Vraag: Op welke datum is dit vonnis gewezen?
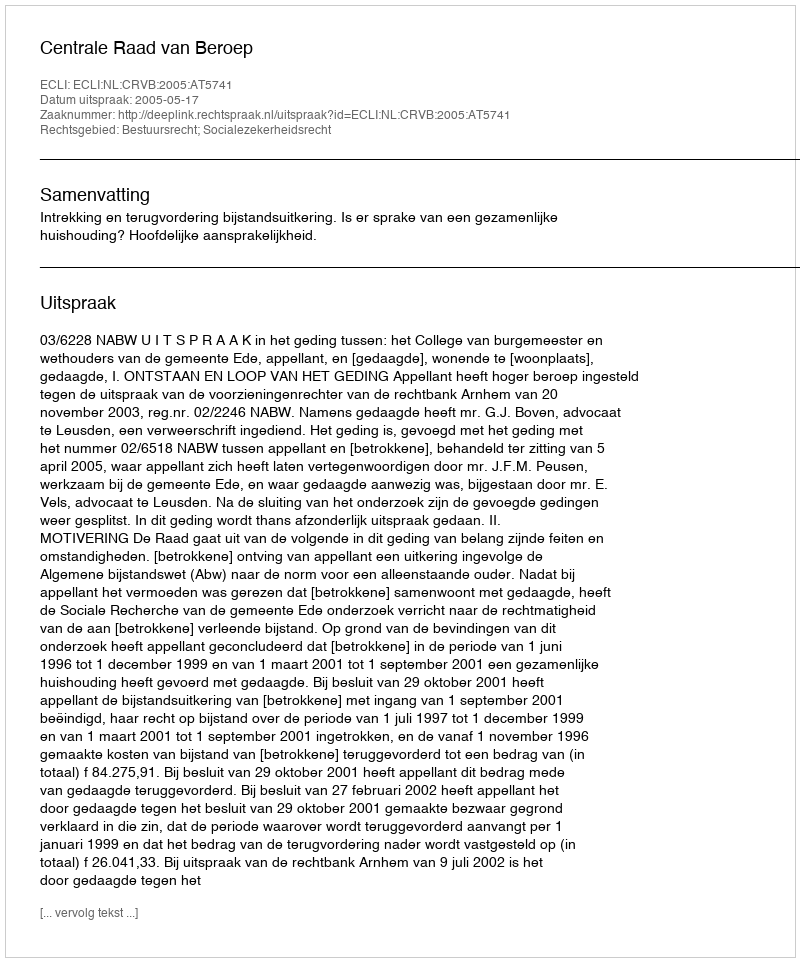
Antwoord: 2005-05-17